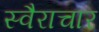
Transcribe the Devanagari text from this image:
स्वैराचार